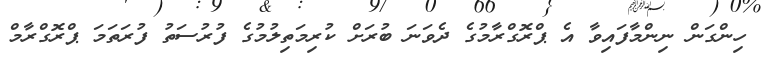
ހިންގަން ނިންމާފައިވާ އެ ޕްރޮގްރާމުގެ ދެވަނަ ބުރަށް ކުރިމަތިލުމުގެ ފުރުސަތު ފުރަތަމަ ޕްރޮގްރާމް